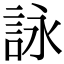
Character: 詠